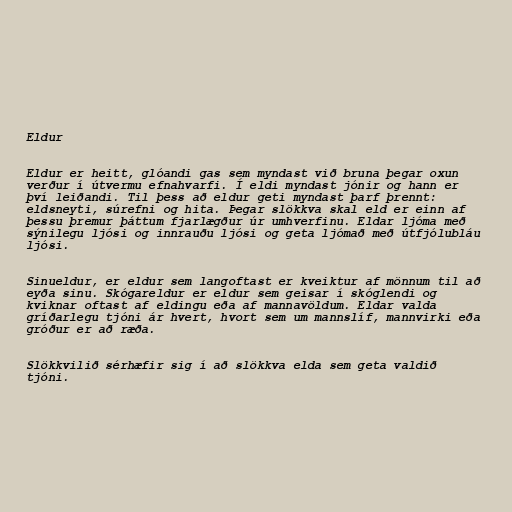
Eldur

Eldur er heitt, glóandi gas sem myndast við bruna þegar oxun
verður í útvermu efnahvarfi. Í eldi myndast jónir og hann er
því leiðandi. Til þess að eldur geti myndast þarf þrennt:
eldsneyti, súrefni og hita. Þegar slökkva skal eld er einn af
þessu þremur þáttum fjarlægður úr umhverfinu. Eldar ljóma með
sýnilegu ljósi og innrauðu ljósi og geta ljómað með útfjólubláu
ljósi.

Sinueldur, er eldur sem langoftast er kveiktur af mönnum til að
eyða sinu. Skógareldur er eldur sem geisar í skóglendi og
kviknar oftast af eldingu eða af mannavöldum. Eldar valda
gríðarlegu tjóni ár hvert, hvort sem um mannslíf, mannvirki eða
gróður er að ræða.

Slökkvilið sérhæfir sig í að slökkva elda sem geta valdið
tjóni.